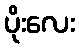
ပိုးလေး